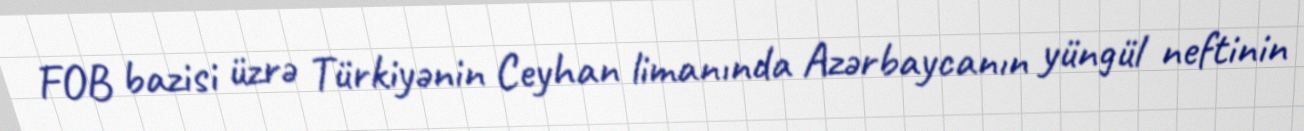
FOB bazisi üzrə Türkiyənin Ceyhan limanında Azərbaycanın yüngül neftinin